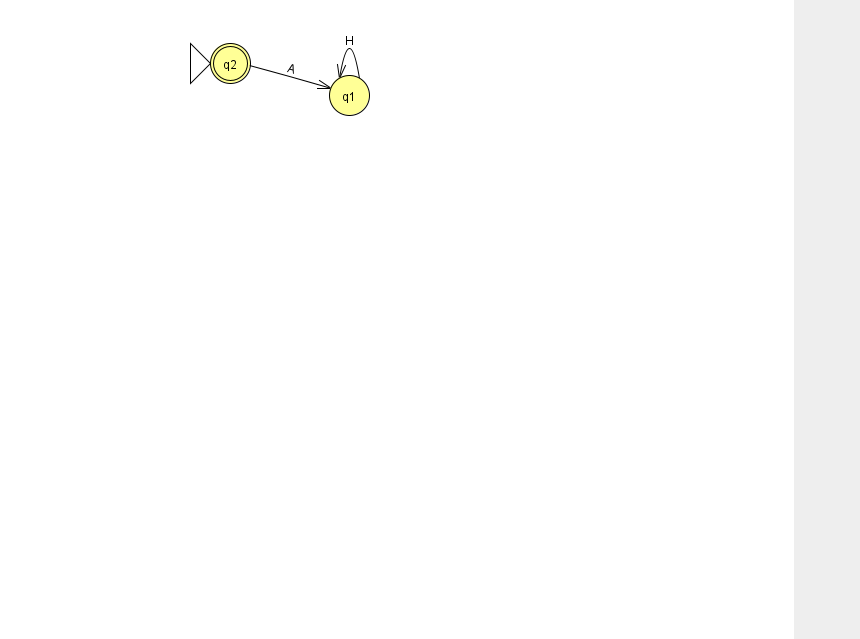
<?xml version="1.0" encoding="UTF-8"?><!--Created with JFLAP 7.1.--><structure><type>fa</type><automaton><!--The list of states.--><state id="1" name="q1"><x>349.0</x><y>82.0</y></state><state id="2" name="q2"><x>230.0</x><y>50.0</y><initial/><final/></state><!--The list of transitions.--><transition><from>2</from><to>1</to><read>A</read></transition><transition><from>1</from><to>1</to><read>H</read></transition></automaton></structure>